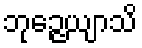
ဘုဉ္ဇေယျာသိ